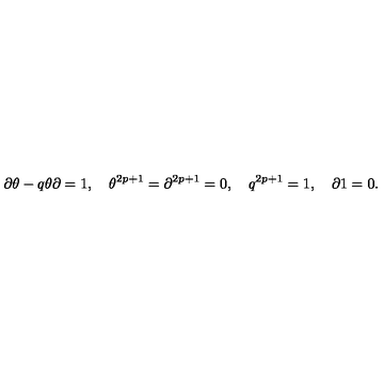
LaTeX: \partial \theta - q \theta \partial = 1 , \quad \theta ^ { 2 p + 1 } = \partial ^ { 2 p + 1 } = 0 , \quad q ^ { 2 p + 1 } = 1 , \quad \partial 1 = 0 .